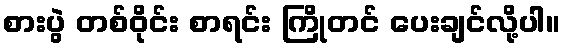
စားပွဲ တစ်ဝိုင်း စာရင်း ကြိုတင် ပေးချင်လို့ပါ။